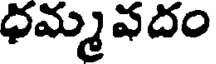
ధమ్మవదం